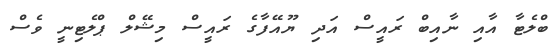
ބްލެޓާ އާއި ނާއިބް ރައީސް އަދި ޔޫއޭފާގެ ރައީސް މިޝޭލް ޕްލެޓިނީ ވެސް